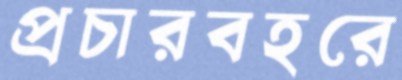
প্রচারবহরে